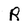
Character: R